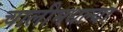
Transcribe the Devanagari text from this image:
चालीमधल्या